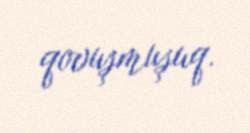
qovuşmuşuq.